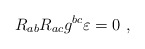
\begin{align*} R_{ab} R_{ac} g^{bc} \varepsilon = 0~,\end{align*}